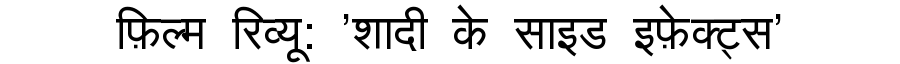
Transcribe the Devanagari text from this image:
फ़िल्म रिव्यू: 'शादी के साइड इफ़ेक्ट्स'